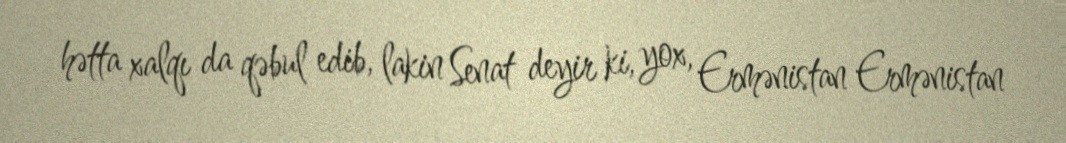
hətta xalqı da qəbul edib, lakin Senat deyir ki, yox, Ermənistan Ermənistan